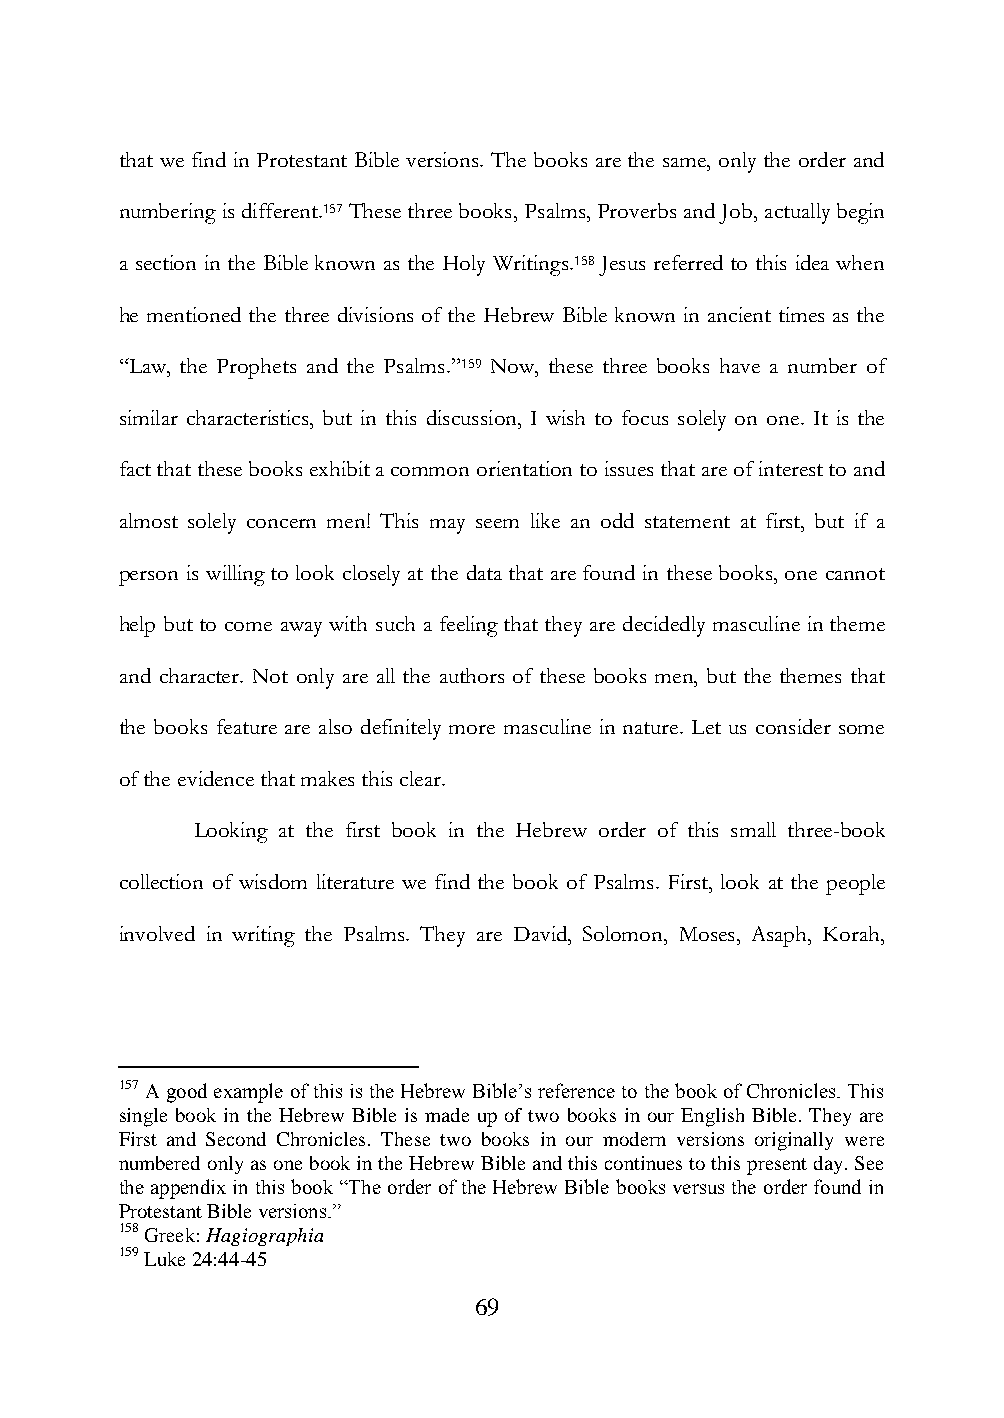
that we find in Protestant Bible versions. The books are the same, only the order and
 numbering is different.157 These three books, Psalms, Proverbs and Job, actually begin
 a section in the Bible known as the Holy Writings.158 Jesus referred to this idea when
 he mentioned the three divisions of the Hebrew Bible known in ancient times as the
 “Law, the Prophets and the Psalms.”159 Now, these three books have a number of
 similar characteristics, but in this discussion, I wish to focus solely on one. It is the
 fact that these books exhibit a common orientation to issues that are of interest to and
 almost solely concern men! This may seem like an odd statement at first, but if a
 person is willing to look closely at the data that are found in these books, one cannot
 help but to come away with such a feeling that they are decidedly masculine in theme
 and character. Not only are all the authors of these books men, but the themes that
 the books feature are also definitely more masculine in nature. Let us consider some
 of the evidence that makes this clear.
 Looking at the first book in the Hebrew order of this small three-book
 collection of wisdom literature we find the book of Psalms. First, look at the people
 involved in writing the Psalms. They are David, Solomon, Moses, Asaph, Korah,
 157 A good example of this is the Hebrew Bible‟s reference to the book of Chronicles. This
 single book in the Hebrew Bible is made up of two books in our English Bible. They are
 First and Second Chronicles. These two books in our modern versions originally were
 numbered only as one book in the Hebrew Bible and this continues to this present day. See
 the appendix in this book “The order of the Hebrew Bible books versus the order found in
 Protestant Bible versions.”
 158 Greek: Hagiographia
 159 Luke 24:44-45
 69